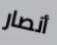
أنصار